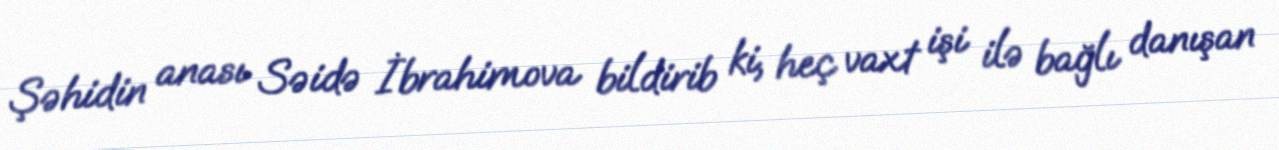
Şəhidin anası Səidə İbrahimova bildirib ki, heç vaxt işi ilə bağlı danışan